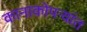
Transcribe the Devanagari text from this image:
कानाकोपऱ्यांत